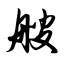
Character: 艘